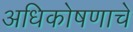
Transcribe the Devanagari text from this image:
अधिकोषणाचे